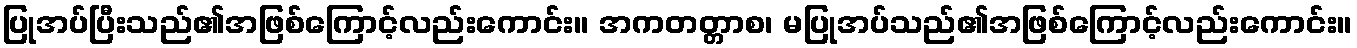
ပြုအပ်ပြီးသည်၏အဖြစ်ကြောင့်လည်းကောင်း။ အကတတ္တာစ၊ မပြုအပ်သည်၏အဖြစ်ကြောင့်လည်းကောင်း။